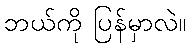
ဘယ်ကို ပြန်မှာလဲ။